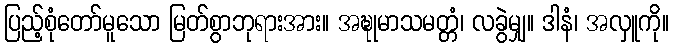
ပြည့်စုံတော်မူသော မြတ်စွာဘုရားအား။ အဍ္ဎုမာသမတ္တံ၊ လခွဲမျှ။ ဒါနံ၊ အလှူကို။